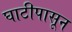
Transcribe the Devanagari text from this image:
घाटीपासून